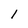
Character: l